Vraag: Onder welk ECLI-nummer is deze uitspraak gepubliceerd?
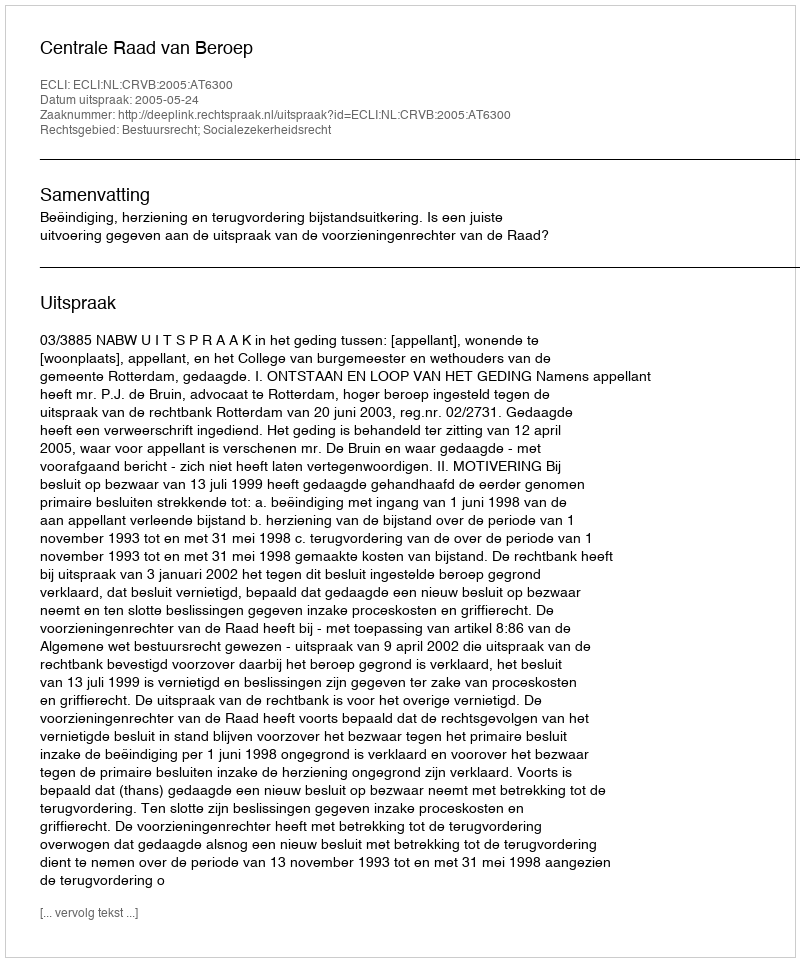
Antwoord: ECLI:NL:CRVB:2005:AT6300